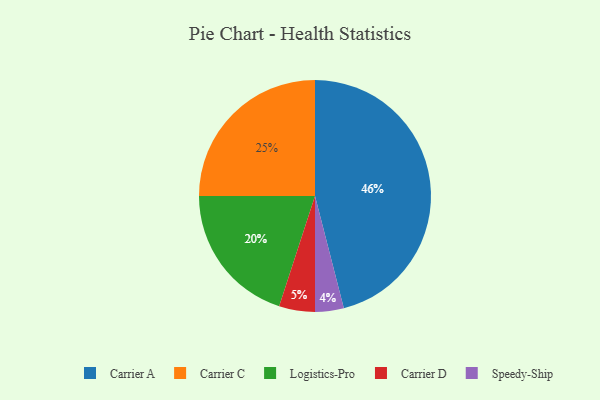
{"axis": {"x": "Category", "y": "Percentage"}, "legend": ["Carrier A", "Carrier C", "Carrier D", "Logistics-Pro", "Speedy-Ship"], "data": [{"x": "Carrier A", "y": 46, "type": "Carrier A"}, {"x": "Logistics-Pro", "y": 20, "type": "Logistics-Pro"}, {"x": "Carrier C", "y": 25, "type": "Carrier C"}, {"x": "Carrier D", "y": 5, "type": "Carrier D"}, {"x": "Speedy-Ship", "y": 4, "type": "Speedy-Ship"}]}